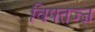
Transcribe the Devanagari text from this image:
विषतज्‍ज्ञ